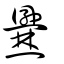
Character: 爨